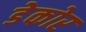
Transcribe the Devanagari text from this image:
डेकोर